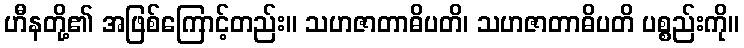
ဟီနတို့၏ အဖြစ်ကြောင့်တည်း။ သဟဇာတာဓိပတိ၊ သဟဇာတာဓိပတိ ပစ္စည်းကို။